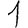
Digit: 1